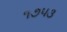
૧૭૫૩